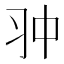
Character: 𠁨